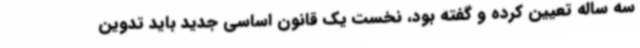
سه ساله تعیین کرده و گفته بود، نخست یک قانون اساسی جدید باید تدوین